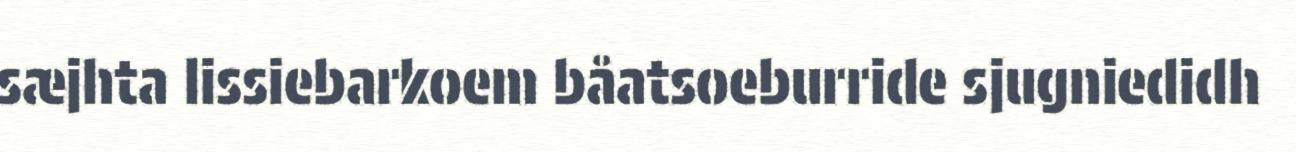
sæjhta lissiebarkoem båatsoeburride sjugniedidh